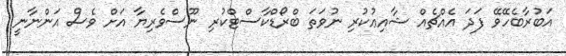
އަބުރާބެހޭވޭ ފަދަ އެއްޗެއް ޝާއިޢުކުރި ނުވަތަ ބްރޯޑްކާސްޓްކުރި ނޫސްވެރިޔާ އަށް ވެސް އަންނާނީ